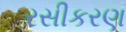
રસીકરણ